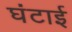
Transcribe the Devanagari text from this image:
घंटाई